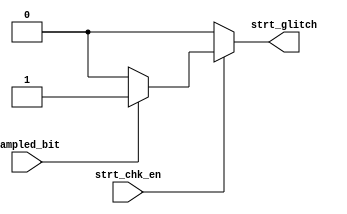

module Start_Check (
	input		wire		strt_chk_en,
	input		wire		sampled_bit,
	output		reg			strt_glitch
	);


always @(*) begin
	if(strt_chk_en) begin
		if(sampled_bit == 'b0) begin   // start bit = '0'
			strt_glitch		=	'b0;
		end
		else begin 		//error in start bit
			strt_glitch		=	'b1;
		end
	end
	else begin
		strt_glitch		=	'b0;
	end

end

endmodule